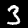
Digit: 3